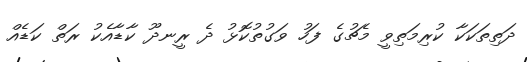
ދަތިތަކަކާ ކުރިމަތިވީ މެޗުގެ ފަހު ވަގުތުކޮޅު ދެ ރީނދޫ ކާޑާއެކު ރަތް ކަޑެއް